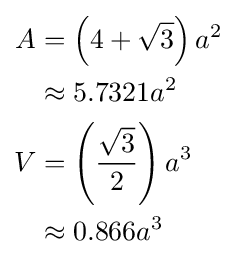
{\begin{aligned}A&=\left(4+{\sqrt {3}}\right)a^{2}\\&\approx 5.7321a^{2}\\V&=\left({\frac {\sqrt {3}}{2}}\right)a^{3}\\&\approx 0.866a^{3}\end{aligned}}